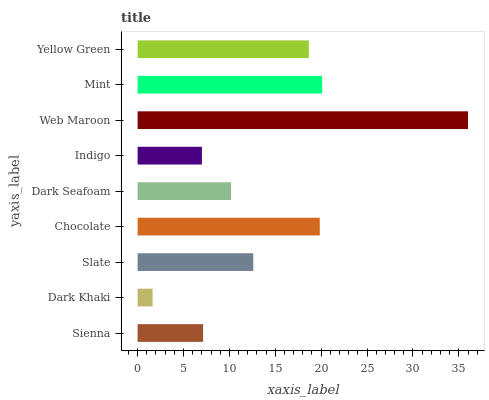
| yaxis_label | bars |
 | --- | --- |
 | Sienna | 7.13 |
 | Dark Khaki | 1.63 |
 | Slate | 12.6 |
 | Chocolate | 19.8 |
 | Dark Seafoam | 10.2 |
 | Indigo | 7 |
 | Web Maroon | 36 |
 | Mint | 20.1 |
 | Yellow Green | 18.7 |